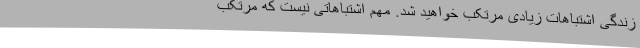
زندگی اشتباهات زیادی مرتکب خواهید شد. مهم اشتباهاتی نیست که مرتکب